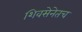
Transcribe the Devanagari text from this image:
शिवसेनेतच